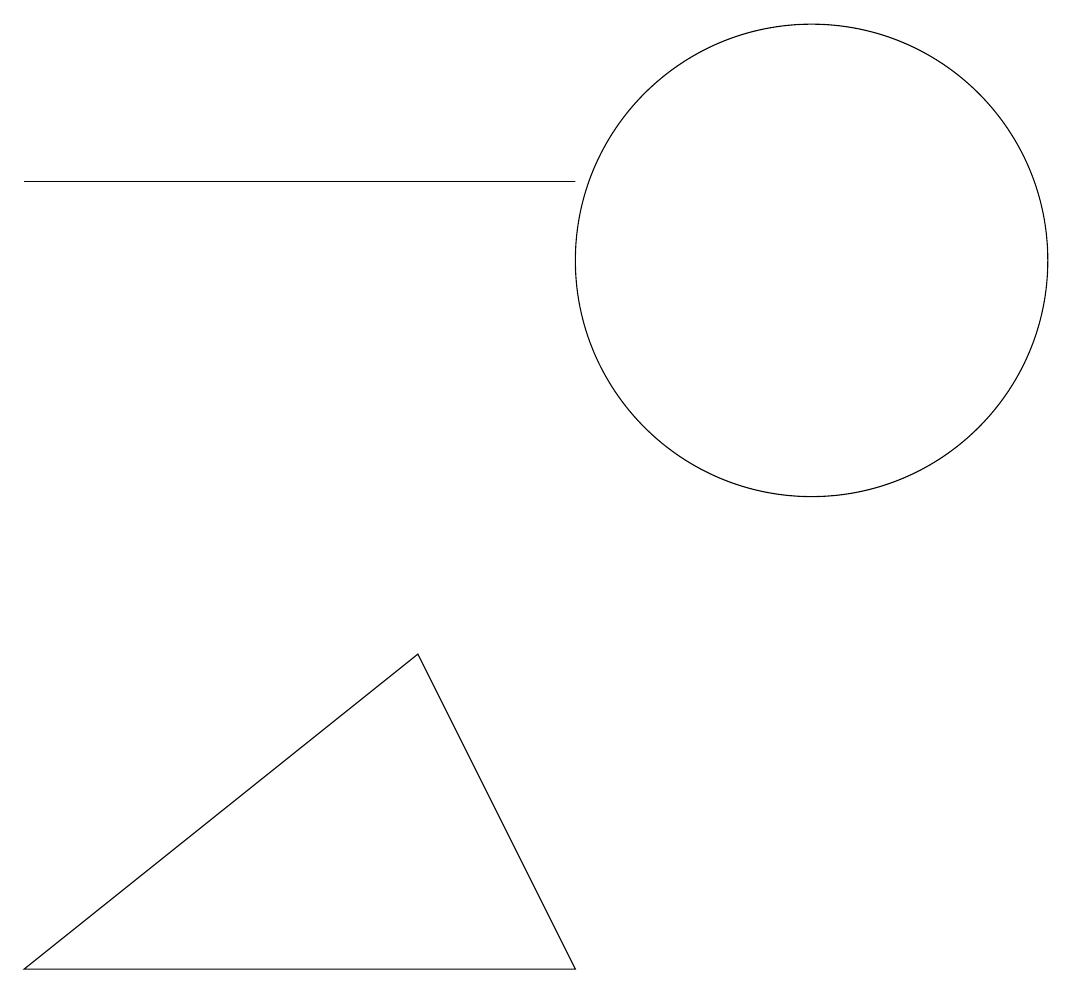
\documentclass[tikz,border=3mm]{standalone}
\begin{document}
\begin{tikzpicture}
\draw (0,2) -- (7,2) -- (5,6) -- cycle;
\draw (7,12) rectangle (0,12);
\draw (10,11) circle (3);
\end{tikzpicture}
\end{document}